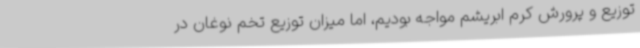
توزیع و پرورش کرم ابریشم مواجه بودیم، اما میزان توزیع تخم نوغان در